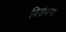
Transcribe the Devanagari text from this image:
बिडंबना